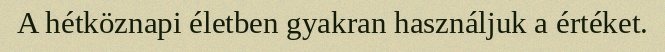
A hétköznapi életben gyakran használjuk a értéket.